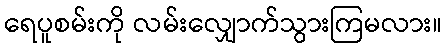
ရေပူစမ်းကို လမ်းလျှောက်သွားကြမလား။